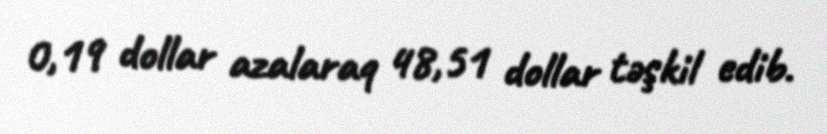
0,19 dollar azalaraq 48,51 dollar təşkil edib.